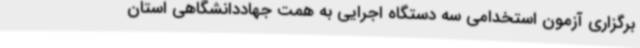
برگزاری آزمون استخدامی سه دستگاه اجرایی به همت جهاددانشگاهی استان